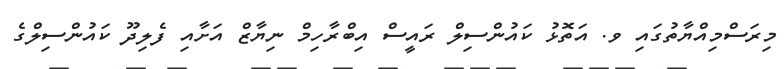
މިރަސްމިއްޔާތުގައި ވ. އަތޮޅު ކައުންސިލް ރައީސް އިބްރާހިމް ނިޔާޒް އަށާއި ފެލިދޫ ކައުންސިލްގެ